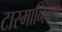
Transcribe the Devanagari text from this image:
टास्मानियन